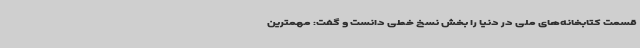
قسمت کتابخانه‌های ملی در دنیا را بخش نسخ خطی دانست و گفت: مهمترین